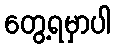
တွေ့ရမှာပါ